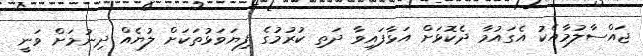
ޖައްސާލުމާއެކު އެގައުމާ ދެކޮޅަށް އަޅާފައިވާ ދަތި ކުރުމުގެ ފިޔަވަޅުތަކަށް ލުޔެއް ދިނުމަށް ވަނީ